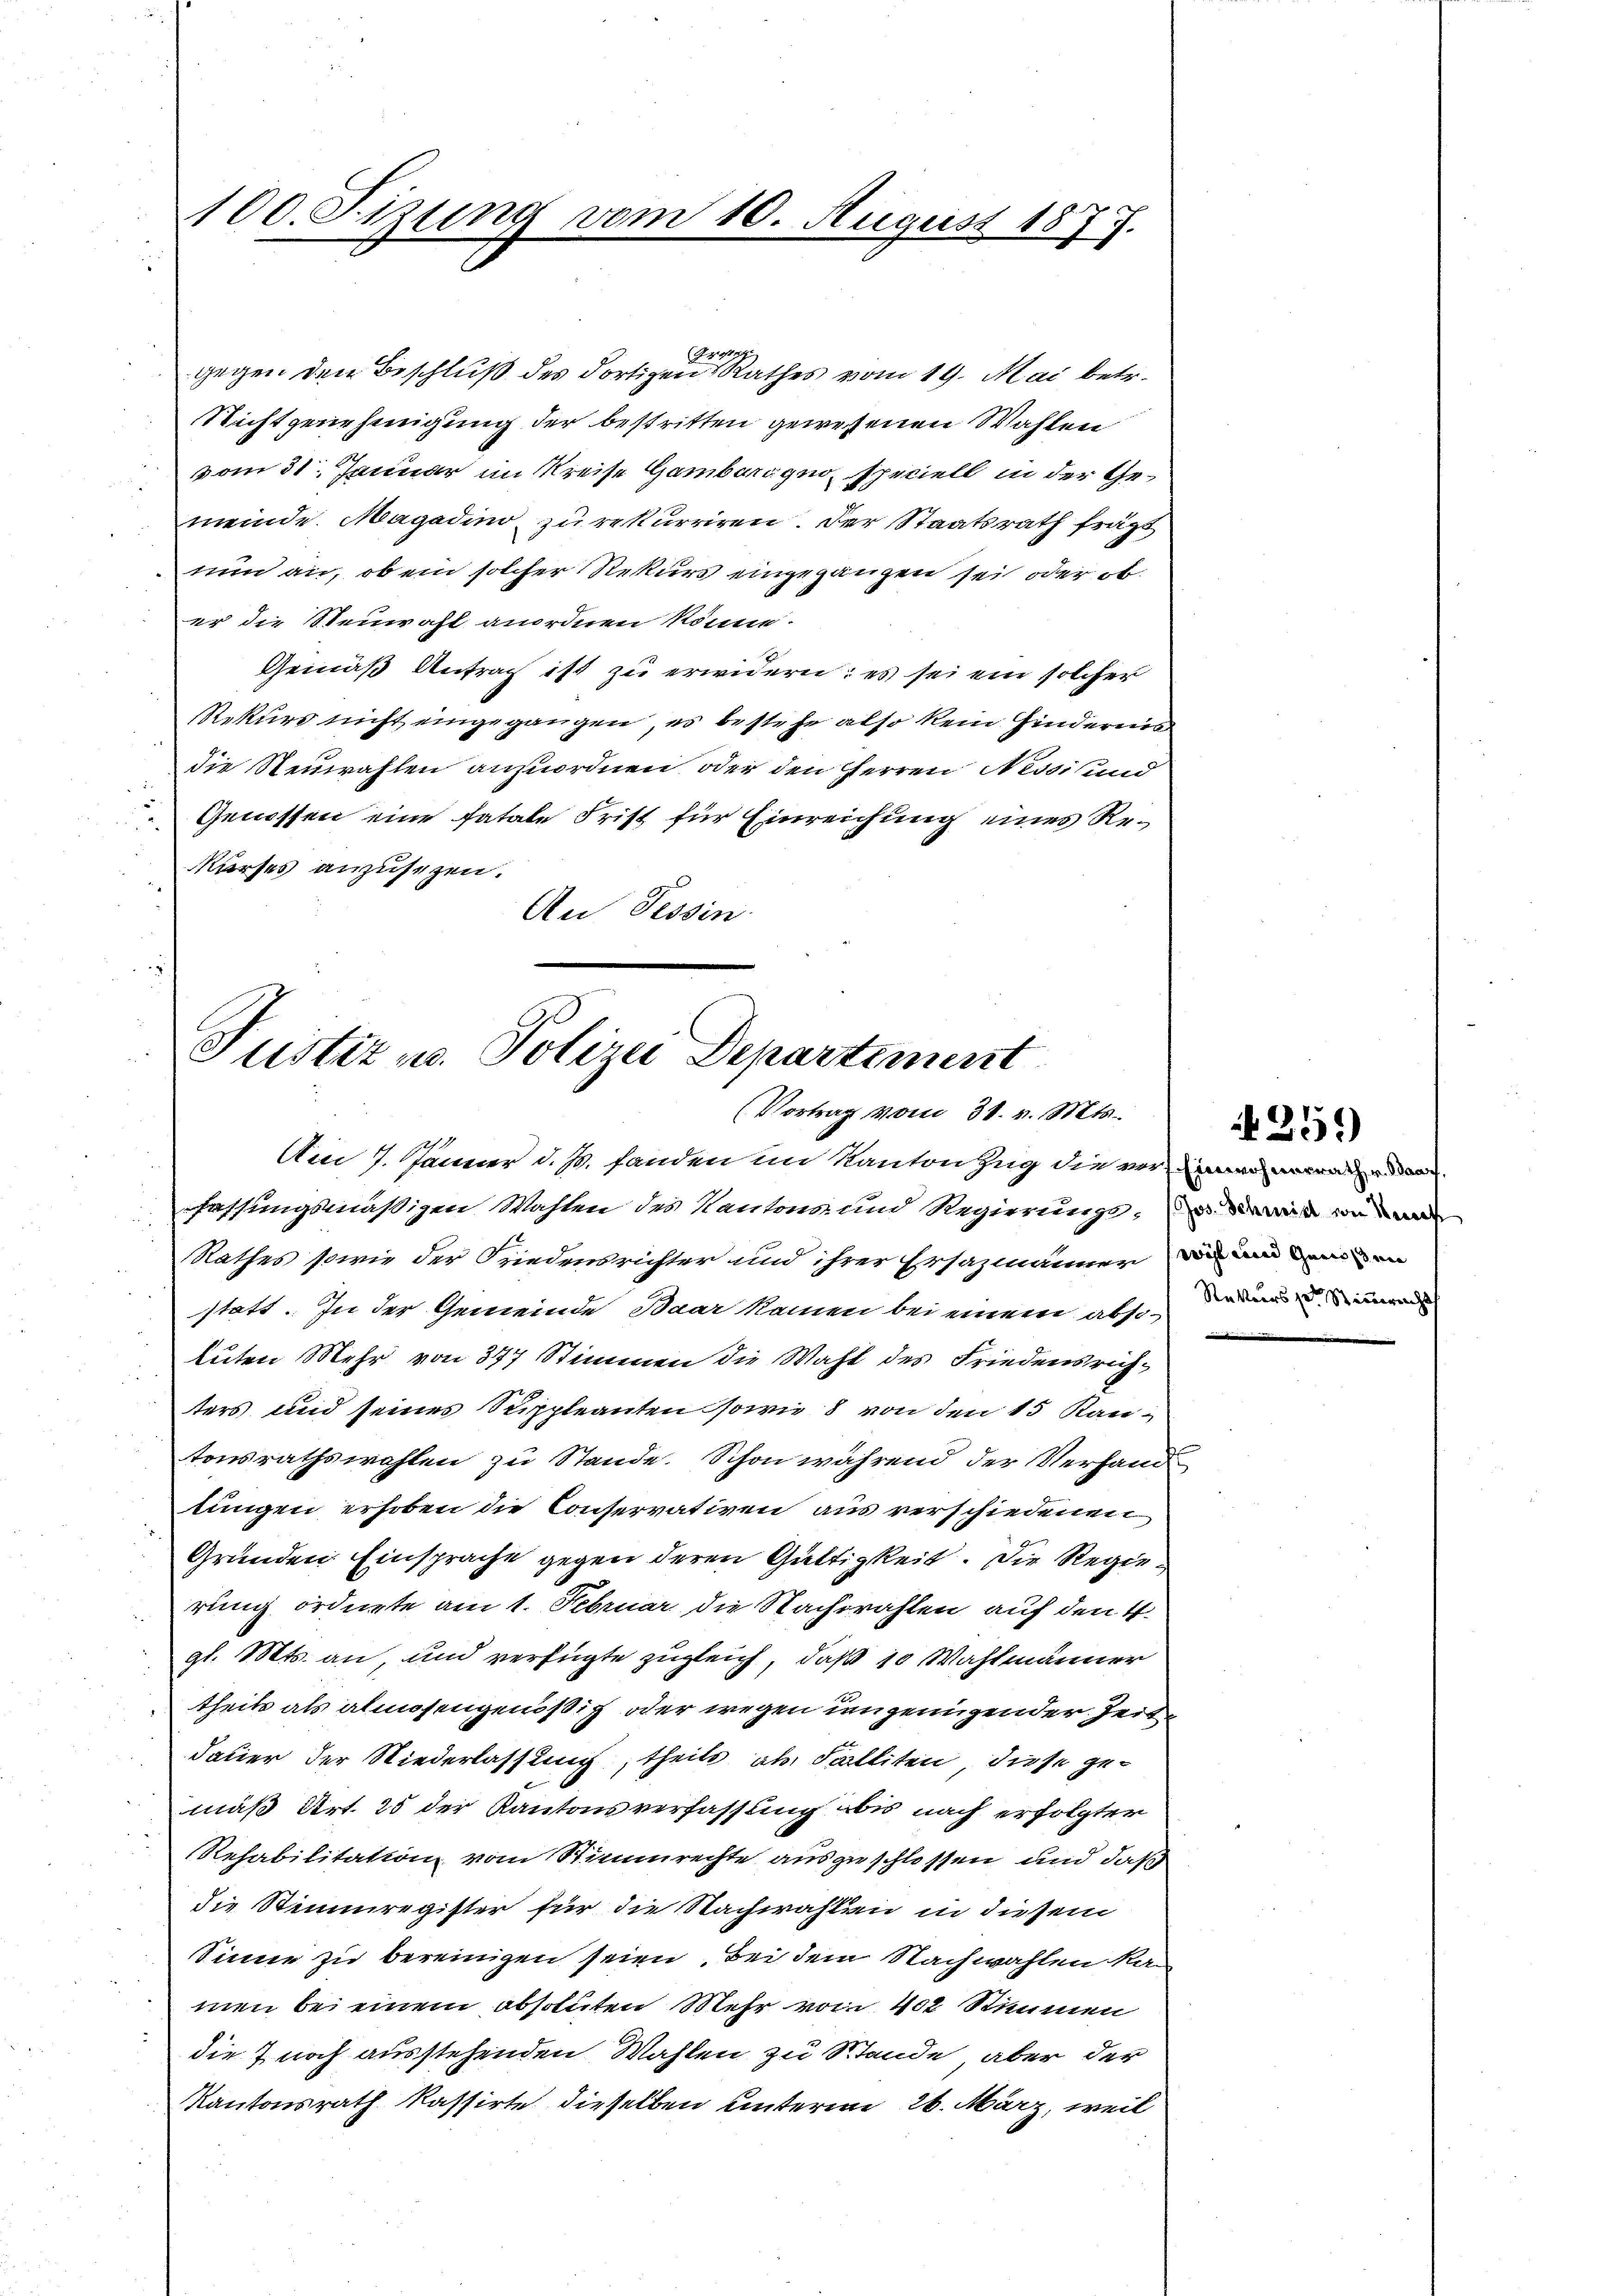
100. Fizung vom 10. August 1873.

Re
gegen den Beschluß des dortigen Rathes vom 19. Mai betr.
Nichtgenehmigung der bestritten gewesenen Wahlen
vom 31. Januar im Kreise Gambergeo speciell in der Gemeinde. Magadino zu rekurriren. Der Staatsrath frägt
nun an, ob ein solcher Rekurs eingegangen sei oder ob
er die Steinwahl anordnen könne.
Gemäß Antrag ist zu erwidern; es sei ein solcher
Rekurs nicht eingegangen, es bestehe also kein Hindernis
i
die Neuwahlen anzuordnen, oder den Herren Nessi und
.
Genossen eine fatale Frist für Einreichung eines Re¬
1
Kurses anzusezen.
An Tessin

Justiz u. Polizei Departement
(Vortrag vom 31. v. Mts.

Am 7. Jänner d. Js. fanden im Kanton Zug die verner anden
fassungsmäßigen Wahlen des Kantons und Regierungs- un
Rathes sowie der Friedensrichter und ihrer Ersazmänner und ein
statt. In der Gemeinde Baar kamen bei einem abso¬
Auten Mehr von 377 Stimmen die Wahl des Friedensrich-
ters und seines Suppleanten sowie 8 von den 15 Kantonsrathswahlen zu Stande. Schon während der Verfand
lungen erhoben die Conservativen aus verschiedenen
Gründen Einsprache gegen deren Gültigkeit. Die Regierung ordnete am 1. Februar die Nachwahlen auf den 4.
gl. Mts. an, und verfügte zugleich, daß 10 Wahlmänner
theils als almosengenößig oder wegen ungenügender Zeit
Dauer der Niederlassung, theils als Falliten, diese gemäß Art. 25 der Kantonsverfassung bis nach erfolgter
Rehabilitation vom Stimmrechte ausgeschlossen und daß
die Stimmregister für die Nachwahlen in diesem
Sinne zu bereinigen seien. Bei dem Nachwahlen Ramen bei einem absoluten Mehr vom 402 Stimmen
die 7 noch ausstehenden Wahlen zu Stande, aber der
Kantonsrath kassirte dieselben unterm 26. März, weil

n

Rekurs zu Stimmrecht

259)